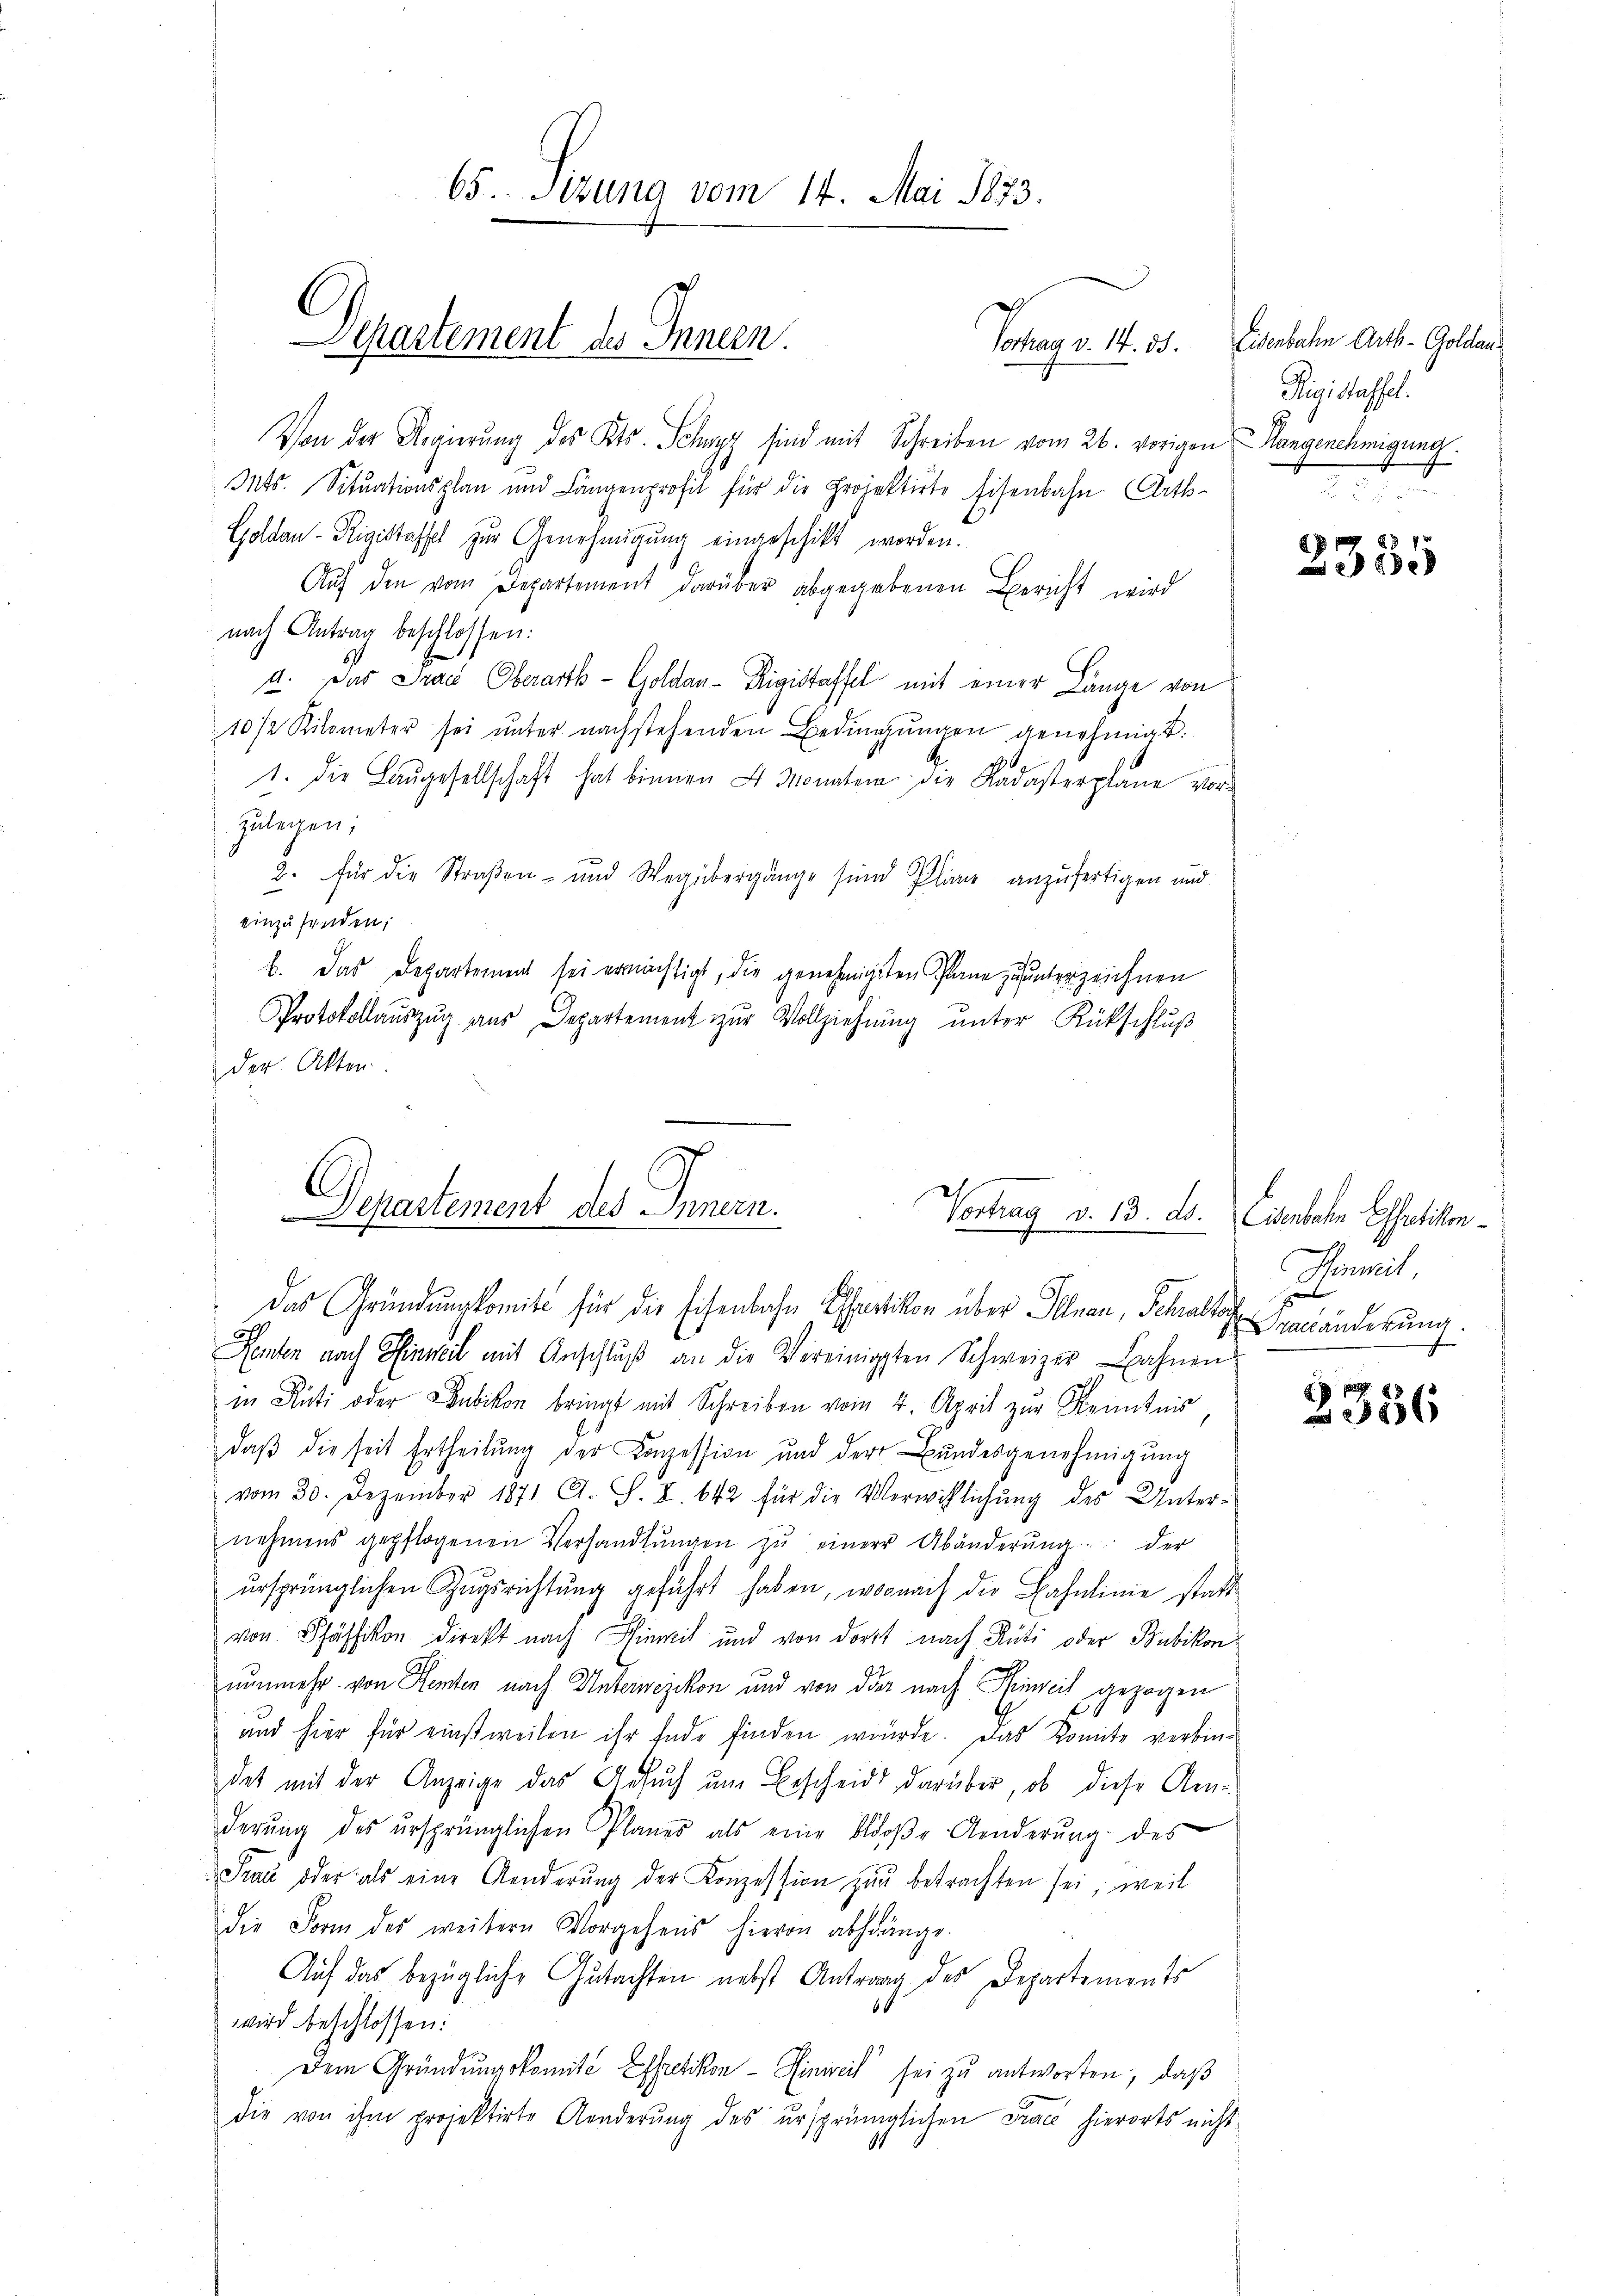
65. Sizung vom 14. Mai 1873.
Departement des Innen.
Sogar ke

Von der Regierung des Kts. Schwyz sind mit Schreiben vom 26. vorigen angenehmigung.
Mts. Situationsplan und Längenprofil für die Projektirte Eisenbahn Arth-
Goldau - Rigistessel zur Genehmigung eingeschikt worden.
Aŭf den vom Departement darüber abgegebenen Bericht wird
nach Antrag beschlossen:
a. Das Praes Oberarth - Goldau-Rigistaffel mit einer Länge von
10 1/2 Kilometer sei ŭnter nachstehenden Bedingŭngen genehmigt.
1. die Laŭgesellschaft hat binnen 4 Monaten die Kadasterplane vor-
zulegen;
2. für die Straßen- und Weg übergänge sind Pläne anzufertigen und
einzufinden,
b. Das Departement sei ermächtigt, die genehmigten Plane zu unterzeichnen
Protokollaŭszŭg aŭs Departement zŭr Vollziehŭng ŭnter Rückschlŭβ
der Akten

Departement des Innen.
Vortrag v. 13. ds. Cantalen Bestatisten.

Das Gründung komite für die Eisenbahn Chartikon über Illnau, Schraltorf veränderung.
Renten nach Hinweil mit Anschlŭβ an die Vereinigsten Schweizer Bahnen
in Rüti oder Bubikon bringt mit Schreiben vom 4. April zur Kenntnis
daß die seit Ertheilung der Konzession und der Bundesgenehmigung
vom 30. Dezember 1871 A. S. I. 642 für die Verwillichŭng des Unter-
nehmens gepflogenen Verhandlŭngen zŭ einer Abänderŭng der
ursprünglichen Zugsrichtung geführt haben, wornach die Bahnlinie statt
von Pfäffikon direkt nach Hinweil und von dort nach Rüti oder Bubikon
nunmehr von Renten nach Unterwezikon und von der nach Heinreit gezogen
und hier für einstweilen ihr Ende finden wurde. Das Komite verbindet mit der Anzeige das Ansuch um Bescheid darüber, ob diese Anderŭng des ursprünglichen Planes als eine bloβe Aenderŭng des
Staŭ oder als eine Aenderŭng der Konzession zŭr betrachten sei, weil
die Form des weitern Vorgehens hievon abhänge.
Auf das bezügliche Gutachten nebst Antrag des Departements
66
wird beschlossen:
Dem Gründungskomite Effretikon - Hinweil sei zu antworten, daß
die von ihm projektirte Aenderŭng des ursprünglichen Trace hierorts nicht

Eisenbahn Arth-Goldan¬
Rigislassel.

J
xx

Gummit

2356